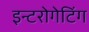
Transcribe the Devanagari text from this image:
इन्टरोगेटिंग